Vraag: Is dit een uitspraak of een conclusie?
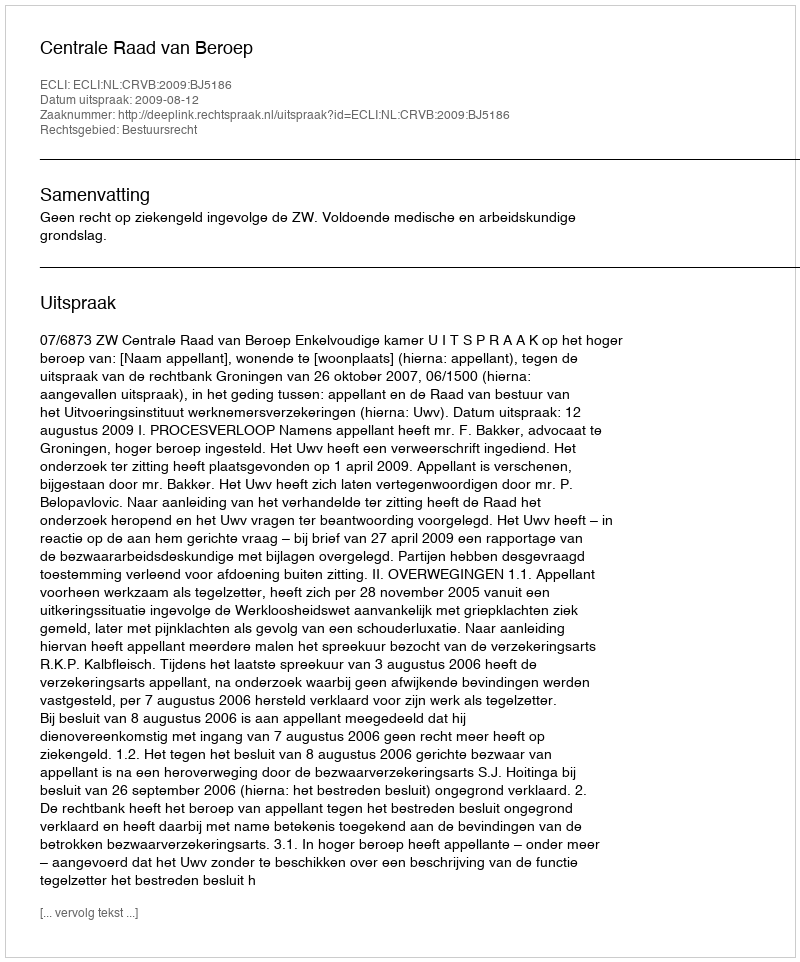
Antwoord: Uitspraak